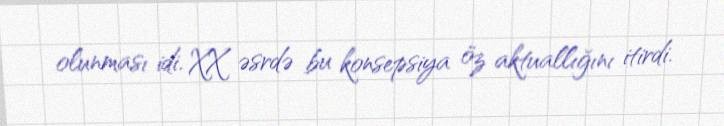
olunması idi. XX əsrdə bu konsepsiya öz aktuallığını itirdi.